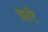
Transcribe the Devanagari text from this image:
ऋष्टि